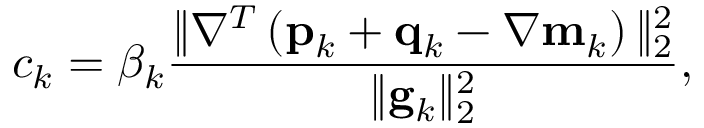
c _ { k } = \beta _ { k } \frac { \| \nabla ^ { T } \left( \mathbf { p } _ { k } + \mathbf { q } _ { k } - \nabla \mathbf { m } _ { k } \right) \| _ { 2 } ^ { 2 } } { \| \mathbf { g } _ { k } \| _ { 2 } ^ { 2 } } ,